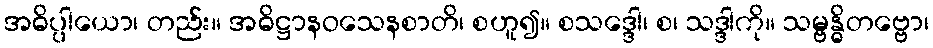
အဓိပ္ပါယော၊ တည်း။ အဓိဋ္ဌာနဝသေနစာတိ၊ စဟူ၍။ စသဒ္ဒေါ၊ စ၊ သဒ္ဒါကို။ သမ္ဗန္ဓိတဗ္ဗော၊